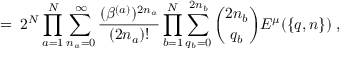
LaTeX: = \; 2 ^ { N } \prod _ { a = 1 } ^ { N } \sum _ { n _ { a } = 0 } ^ { \infty } \frac { ( \beta ^ { ( a ) } ) ^ { 2 n _ { a } } } { ( 2 n _ { a } ) ! } \prod _ { b = 1 } ^ { N } \sum _ { q _ { b } = 0 } ^ { 2 n _ { b } } { \binom { 2 n _ { b } } { q _ { b } } } E ^ { \mu } ( \{ q , n \} ) \; ,